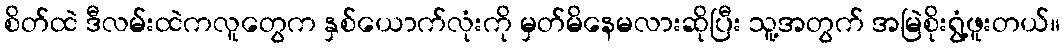
စိတ်ထဲ ဒီလမ်းထဲကလူတွေက နှစ်ယောက်လုံးကို မှတ်မိနေမလားဆိုပြီး သူ့အတွက် အမြဲစိုးရွံ့ဖူးတယ်။